Lunatic asylums in Bengal annual reports 1912-1924 - 1912-1924
Year: 1912
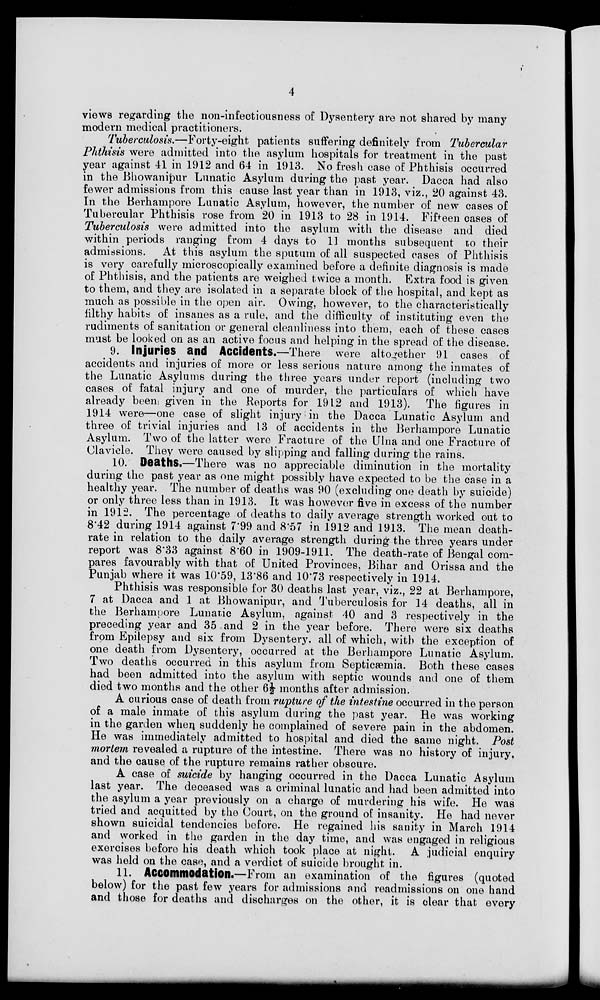
4
views regarding the non-infectiousness of Dysentery are not shared by many
modern medical practitioners.
Tuberculosis.—Forty-eight
patients suffering definitely from Tubercular
Phthisis were admitted into the asylum hospitals for treatment in the past
year against 41 in 1912 and 64 in 1913. No fresh case of Phthisis occurred
in the Bhowanipur Lunatic Asylum during the past year. Dacca had also
fewer admissions from this cause last year than in 1913, viz., 20 against 43.
In the Berhampore Lunatic Asylum, however, the number of new cases of
Tubercular Phthisis rose from 20 in 1913 to 28 in 1914. Fifteen cases of
Tuberculosis were admitted into the asylum with the disease and died
within periods ranging from 4 days to 11 months subsequent to their
admissions.
At this asylum the sputum of all suspected cases of Phthisis
is very carefully microscopically examined before a definite diagnosis is made
of Phthisis, and the patients are weighed twice a month. Extra food is given
to them, and they are isolated in a separate block of the hospital, and kept as
much as possible in the open air. Owing, however, to the characteristically
filthy habits of insanes as a rule, and the difficulty of instituting even the
rudiments of sanitation or general cleanliness into them, each of these cases
must be looked on as an active focus and helping in the spread of the disease.
9. Injuries and Accidents.—There
were altogether 91 cases of
accidents and injuries of more or less serious nature among the inmates of
the Lunatic Asylums during the three years under report (including two
cases of fatal injury and one of murder, the particulars of which have
already been given in the Reports for 1912 and 1913). The figures in
1914 were—one case of slight injury in the Dacca Lunatic Asylum and
three of trivial injuries and 13 of accidents in the Berhampore Lunatic
Asylum. Two of the latter were Fracture of the Ulna and one Fracture of
Clavicle. They were caused by slipping and falling during the rains.
10. Deaths.—There was no appreciable diminution in the mortality
during the past year as one might possibly have expected to be the case in a
healthy year. The number of deaths was 90 (excluding one death by suicide)
or only three less than in 1913. It was however five in excess of the number
in 1912. The percentage of deaths to daily average strength worked out to
8.42 during 1914 against 7.99 and 8.57 in 1912 and 1913. The mean death-
rate in relation to the daily average strength during the three years under
report was 8.33 against 8.60 in 1909-1911. The death-rate of Bengal com-
pares favourably with that of United Provinces, Bihar and Orissa and the
Punjab where it was 10.59, 13.86 and 10.73 respectively in 1914.
Phthisis was responsible for 30 deaths last year, viz., 22 at Berhampore,
7 at Dacca and 1 at Bhowanipur, and Tuberculosis for 14 deaths, all in
the Berhampore Lunatic Asylum, against 40 and 3 respectively in the
preceding year and 35 and 2 in the year before. There were six deaths
from Epilepsy and six from Dysentery, all of which, with the exception of
one death from Dysentery, occurred at the Berhampore Lunatic Asylum.
Two deaths occurred in this asylum from Septicæmia. Both these cases
had been admitted into the asylum with septic wounds and one of them
died two months and the other 6½ months after admission.
A curious case of death from rupture of the intestine occurred in the person
of a male inmate of this asylum during the past year. He was working
in the garden when suddenly he complained of severe pain in the abdomen.
He was immediately admitted to hospital and died the same night. Post
mortem revealed a rupture of the intestine. There was no history of injury,
and the cause of the rupture remains rather obscure.
A case of suicide by hanging occurred in the Dacca Lunatic Asylum
last year. The deceased was a criminal lunatic and had been admitted into
the asylum a year previously on a charge of murdering his wife. He was
tried and acquitted by the Court, on the ground of insanity. He had never
shown suicidal tendencies before. He regained his sanity in March 1914
and worked in the garden in the day time, and was engaged in religious
exercises before his death which took place at night. A judicial enquiry
was held on the case, and a verdict of suicide brought in.
11. Accomodation.—From an examination of the figures (quoted
below) for the past few years for admissions and readmissions on one hand
and those for deaths and discharges on the other, it is clear that every